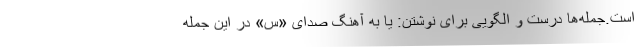
است.جمله‌ها درست و الگویی برای نوشتن: یا به آهنگ صدای «س» در این جمله